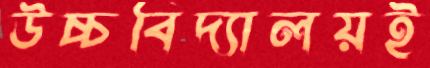
উচ্চবিদ্যালয়ই